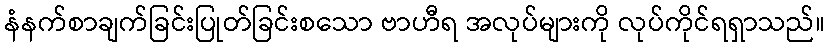
နံနက်စာချက်ခြင်းပြုတ်ခြင်းစသော ဗာဟီရ အလုပ်များကို လုပ်ကိုင်ရရှာသည်။